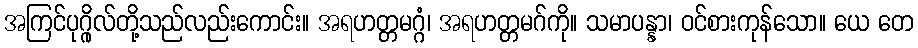
အကြင်ပုဂ္ဂိုလ်တို့သည်လည်းကောင်း။ အရဟတ္တမဂ္ဂံ၊ အရဟတ္တမဂ်ကို။ သမာပန္နာ၊ ဝင်စားကုန်သော။ ယေ တေ